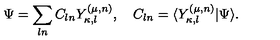
\Psi = \sum _ { l n } C _ { l n } Y _ { \kappa , l } ^ { ( \mu , n ) } , \quad C _ { l n } = \langle Y _ { \kappa , l } ^ { ( \mu , n ) } | \Psi \rangle .